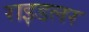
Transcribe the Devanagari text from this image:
राइडलर